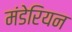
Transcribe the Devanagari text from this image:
मंडेरियन